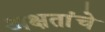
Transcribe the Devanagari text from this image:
अक्षतांचे